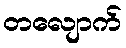
တလျောက်